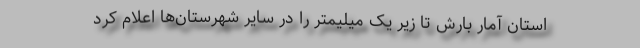
استان آمار بارش تا زیر یک میلیمتر را در سایر شهرستان‌ها اعلام کرد